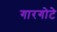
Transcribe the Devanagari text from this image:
गारगोटे